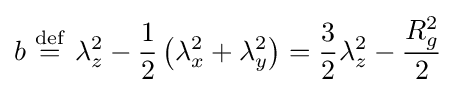
b\ {\stackrel {\mathrm {def} }{=}}\ \lambda _{z}^{2}-{\frac {1}{2}}\left(\lambda _{x}^{2}+\lambda _{y}^{2}\right)={\frac {3}{2}}\lambda _{z}^{2}-{\frac {R_{g}^{2}}{2}}